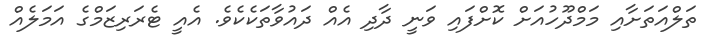
ތަލްއަތަށާއި މަމްދޫހުއަށް ކޮށްފައި ވަނީ ދާދި އެއް ދައުވާތަކެކެވެ. އެއީ ޓެރަރިޒަމްގެ އަމަލެއް